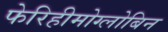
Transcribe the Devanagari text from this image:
फेरिहीमोग्लोबिन